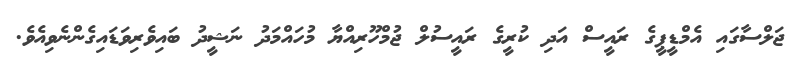
ޖަލްސާގައި އެމްޑީޕީގެ ރައީސް އަދި ކުރީގެ ރައީސުލް ޖުމްހޫރިއްޔާ މުހައްމަދު ނަޝީދު ބައިވެރިވަޑައިގެންނެވިއެވެ.